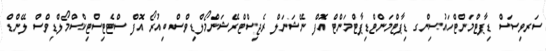
ސަރވިސަސް ޑިޕާޓްމަންޓްހައުސިންގ ޑިޕާޓްމަންޓްޑިޕާޓްމަންޓް އޮފް ނޭޝަނަލް ރެޖިސްޓްރޭޝަންމޯލްޑިވްސް ބިއުރޯ އޮފް ސްޓެޓިސްޓިކްސްމޯލްޑިވްސް ލޭންޑް